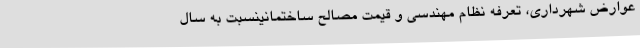
عوارض شهرداری، تعرفه نظام مهندسی و قیمت مصالح ساختمانینسبت به سال